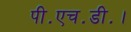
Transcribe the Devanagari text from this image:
पी॰एच॰डी॰।